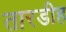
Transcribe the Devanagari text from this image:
तारडीह